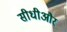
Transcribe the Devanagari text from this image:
सीधीऔर